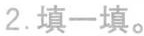
2.填一填。